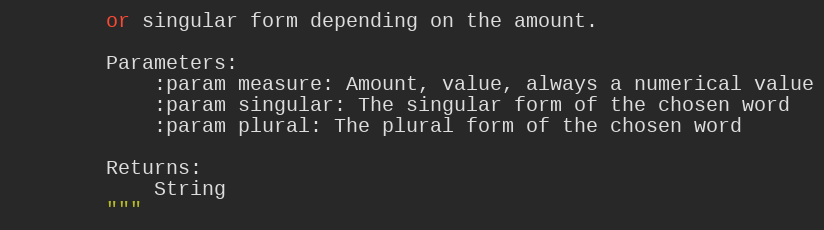
Language: Python
        or singular form depending on the amount.

        Parameters:
            :param measure: Amount, value, always a numerical value
            :param singular: The singular form of the chosen word
            :param plural: The plural form of the chosen word

        Returns:
            String
        """